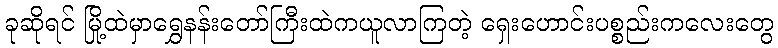
ခုဆိုရင် မြို့ထဲမှာရွှေနန်းတော်ကြီးထဲကယူလာကြတဲ့ ရှေးဟောင်းပစ္စည်းကလေးတွေ